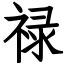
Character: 禄